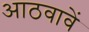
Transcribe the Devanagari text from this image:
आठवावें